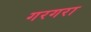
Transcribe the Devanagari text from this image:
गरगरा